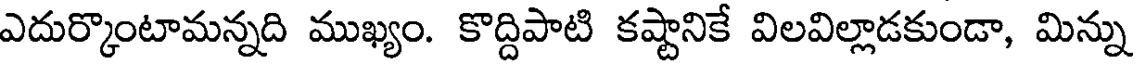
ఎదుర్కొంటామన్నది ముఖ్యం. కొద్దిపాటి కష్టానికే విలవిల్లాడకుండా, మిన్ను